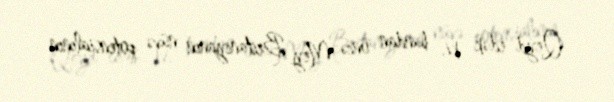
Qeyd edək ki, bundan öncə Mey Britaniyanın nüvə potensialının